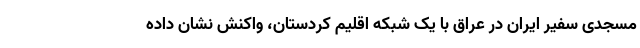
مسجدی سفیر ایران در عراق با یک شبکه اقلیم کردستان، واکنش نشان داده